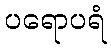
ပရောပရံ